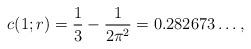
LaTeX: \begin{align*}c(1;r) = \frac13 - \frac1{2\pi^2} = 0.282673\ldots,\end{align*}